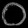
Digit: ၀